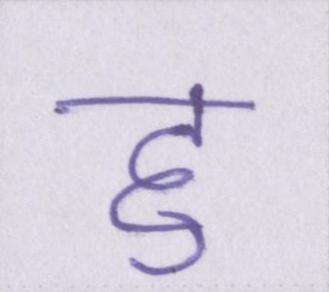
हु